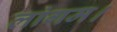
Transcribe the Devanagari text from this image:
लांगम।